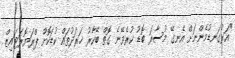
"އަޅުގަނޑުމެންނަށް އެނގޭ މުސާރަ ބޮޑު ކުރެވޭނެ ގޮތް ބޭކާރު ޚަރަދުތައް ކުޑަކޮށް ޕްރަޔޮރަޓައިޒް